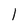
Character: 1